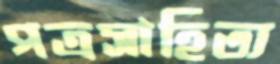
পত্রসাহিত্য